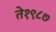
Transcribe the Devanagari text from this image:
ते१९८७